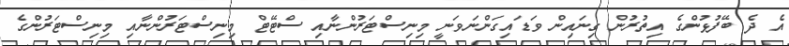
އެ ދެ ބޭފުޅުންގެ އިތުރުން ގިނައިން ވަޑައިގަންނަވަނީ މިނިސްޓަރުންނާއި ސްޓޭޓް މިނިސްޓަރުންނާއި މިނިސްޓަރުންގެ